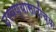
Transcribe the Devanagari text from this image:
ठरवण्यासाठीच्या